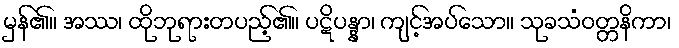
မှန်၏။ အဿ၊ ထိုဘုရားတပည့်၏။ ပဋိပန္နာ၊ ကျင့်အပ်သော။ သုခသံဝတ္တနိကာ၊